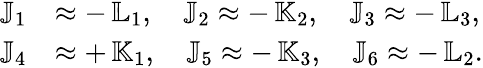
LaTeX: \begin{array}{rl}{{\mathbb J}_{1}}&{\approx-\, {\mathbb L}_{1},\quad{\mathbb J}_{2}\approx-\, {\mathbb K}_{2},\quad{\mathbb J}_{3}\approx-\, {\mathbb L}_{3},}\\ {{\mathbb J}_{4}}&{\approx+\, {\mathbb K}_{1},\quad{\mathbb J}_{5}\approx-\, {\mathbb K}_{3},\quad{\mathbb J}_{6}\approx-\, {\mathbb L}_{2}.}\end{array}